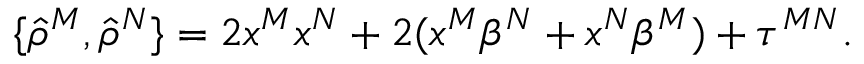
\{ { \hat { \rho } } ^ { M } , { \hat { \rho } } ^ { N } \} = 2 x ^ { M } x ^ { N } + 2 ( x ^ { M } \beta ^ { N } + x ^ { N } \beta ^ { M } ) + \tau ^ { M N } .